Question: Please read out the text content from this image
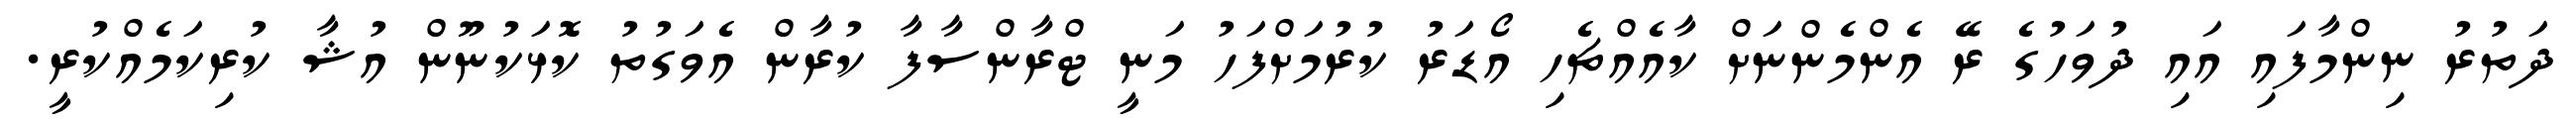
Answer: ދަތުރު ނިންމާފައި އައި ދުވަހުގެ ރޭ އެންމެންނަށް ކާއެއްޗެހި އޯޑަރު ކުރުމަށްފަހު މަނީ ޓްރާންސާފާ ކުރާން އެވަގުތު ކޮޅަކުނޫން އުޝާ ކުރިކަމެއްކުރީ.